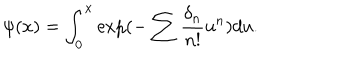
LaTeX: \psi ( x ) = \int _ { 0 } ^ { x } \exp ( - \sum \frac { \delta _ { n } } { n ! } u ^ { n } ) d u .